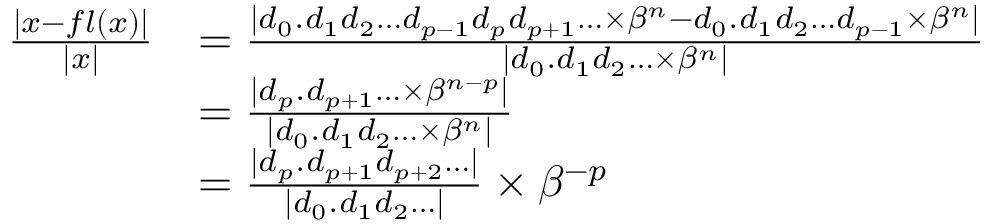
{ \begin{array} { r l } { { \frac { | x - f l ( x ) | } { | x | } } } & { = { \frac { | d _ { 0 } . d _ { 1 } d _ { 2 } \ldots d _ { p - 1 } d _ { p } d _ { p + 1 } \ldots \times \beta ^ { n } - d _ { 0 } . d _ { 1 } d _ { 2 } \ldots d _ { p - 1 } \times \beta ^ { n } | } { | d _ { 0 } . d _ { 1 } d _ { 2 } \ldots \times \beta ^ { n } | } } } \\ & { = { \frac { | d _ { p } . d _ { p + 1 } \ldots \times \beta ^ { n - p } | } { | d _ { 0 } . d _ { 1 } d _ { 2 } \ldots \times \beta ^ { n } | } } } \\ & { = { \frac { | d _ { p } . d _ { p + 1 } d _ { p + 2 } \ldots | } { | d _ { 0 } . d _ { 1 } d _ { 2 } \ldots | } } \times \beta ^ { - p } } \end{array} }